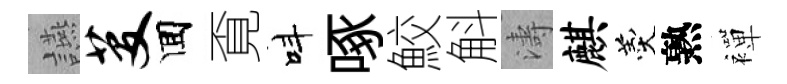
讌芟囬覔呌啄鮫斛濤麒羹熟襌